Lunatic asylums Madras 1892-1911 - 1892-1911
Year: 1892
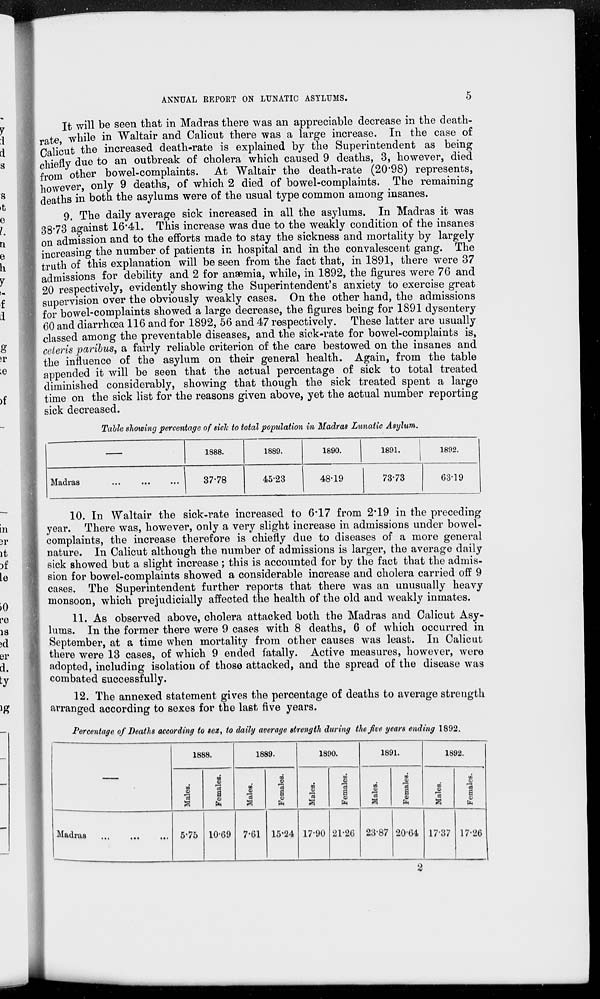
ANNUAL REPORT ON LUNATIC ASYLUMS.
5
It will be seen that in Madras there was an appreciable decrease in the death-
rate, while in Waltair and Calicut there was a large increase. In the case of
Calicut the increased death-rate is explained by the Superintendent as being
chiefly due to an outbreak of cholera which caused 9 deaths, 3, however, died
from other bowel-complaints. At Waltair the death-rate (20.98) represents,
however, only 9 deaths, of which 2 died of bowel-complaints. The remaining
deaths in both the asylums were of the usual type common among insanes.
9. The daily average sick increased in all the asylums. In Madras it was
38.73 against 16.41. This increase was due to the weakly condition of the insanes
on admission and to the efforts made to stay the sickness and mortality by largely
increasing the number of patients in hospital and in the convalescent gang. The
truth of this explanation will be seen from the fact that, in 1891, there were 37
admissions for debility and 2 for anæmia, while, in 1892, the figures were 76 and
20 respectively, evidently showing the Superintendent's anxiety to exercise great
supervision over the obviously weakly cases. On the other hand, the admissions
for bowel-complaints showed a large decrease, the figures being for 1891 dysentery
60 and diarrhœa 116 and for 1892, 56 and 47 respectively. These latter are usually
classed among the preventable diseases, and the sick-rate for bowel-complaints is,
ceteris paribus, a fairly reliable criterion of the care bestowed on the insanes and
the influence of the asylum on their general health. Again, from the table
appended it will be seen that the actual percentage of sick to total treated
diminished considerably, showing that though the sick treated spent a large
time on the sick list for the reasons given above, yet the actual number reporting
sick decreased.
Table showing percentage of sick to total population in Madras Lunatic Asylum.
—
Madras ... ... ...
1888.
37.78
1889.
45.23
1890.
48.19
1891.
73.73
1892.
63.19
10. In Waltair the sick-rate increased to 6.17 from 2.19 in the preceding
year. There was, however, only a very slight increase in admissions under bowel¬
complaints, the increase therefore is chiefly due to diseases of a more general
nature. In Calicut although the number of admissions is larger, the average daily
sick showed but a slight increase ; this is accounted for by the fact that the admis-
sion for bowel-complaints showed a considerable increase and cholera carried off 9
cases. The Superintendent further reports that there was an unusually heavy
monsoon, which prejudicially affected the health of the old and weakly inmates.
11. As observed above, cholera attacked both the Madras and Calicut Asy-
lums. In the former there were 9 cases with 8 deaths, 6 of which occurred in
September, at a time when mortality from other causes was least. In Calicut
there were 13 cases, of which 9 ended fatally. Active measures, however, were
adopted, including isolation of those attacked, and the spread of the disease was
combated successfully.
12. The annexed statement gives the percentage of deaths to average strength
arranged according to sexes for the last five years.
Percentage of Deaths according to sex, to daily average strength during the five years ending 1892.
—
Madras ... ... ...
1888.
Males.
5.75
Females.
10.69
1889.
Males.
7.61
Females.
15.24
1890.
Males.
17.90
Females.
21.26
1891.
Males.
23.87
Females.
20.64
1892.
Males.
17.37
Females.
17.26
2